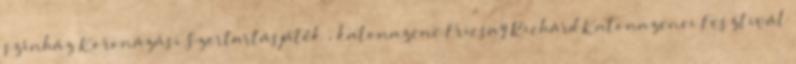
színház Koronázási Szertartásjáték , katonazene Fricsay Richárd Katonazenei Fesztivál